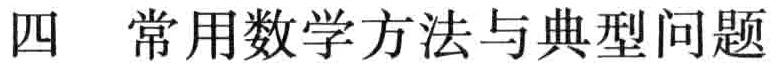
四 常用数学方法与典型问题